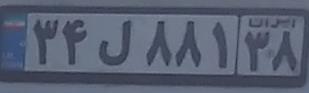
۳۴ل۸۸۱۳۸